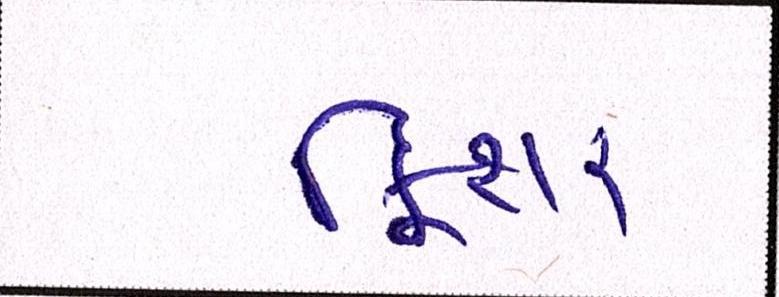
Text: ફિશર